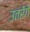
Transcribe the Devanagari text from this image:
उतरेंगे